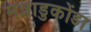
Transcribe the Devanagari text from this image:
मन्नाडुकोंडा